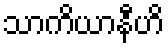
သာကိယာနီဟိ